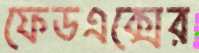
ফেডএক্সের